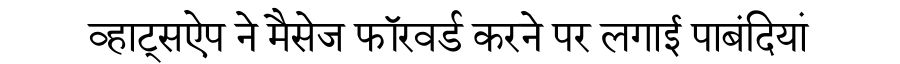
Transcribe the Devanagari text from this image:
व्हाट्सऐप ने मैसेज फॉरवर्ड करने पर लगाई पाबंदियां